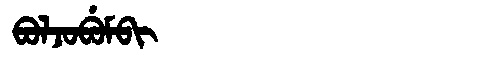
Manchu: ᠪᠣᠯᠵᠣᠪᡠᠮᠪᡳ
Romanization: BOLJOBUMBI